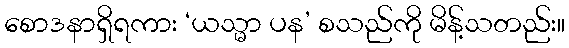
စောဒနာရှိရကား ‘ယသ္မာ ပန’ စသည်ကို မိန့်သတည်း။